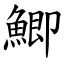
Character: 鯽